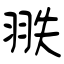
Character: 翐